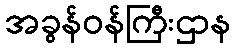
အခွန်ဝန်ကြီးဌာန